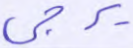
يزجي